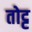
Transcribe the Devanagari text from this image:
तोट्ट